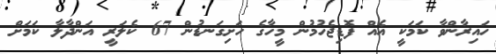
ހައިރާންވާ ކަމަކީ އެއް ފޮޑިޖެހުމުން މީހާގެ ހަށިގަނޑުން 67 ކެލަރީ އަންދާލާ ކަމަށް